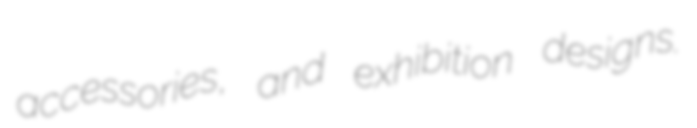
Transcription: accessories, and exhibition designs.